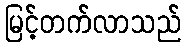
မြင့်တက်လာသည်